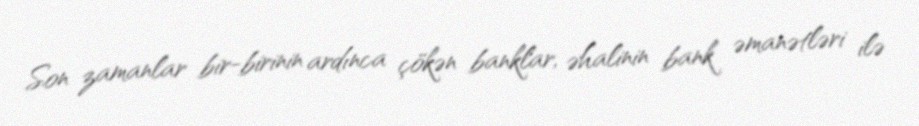
Son zamanlar bir-birinin ardınca çökən banklar, əhalinin bank əmanətləri ilə